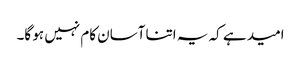
امید ہے کہ یہ اتنا آسان کام نہیں ہو گا۔